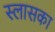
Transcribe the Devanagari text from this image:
स्लासका